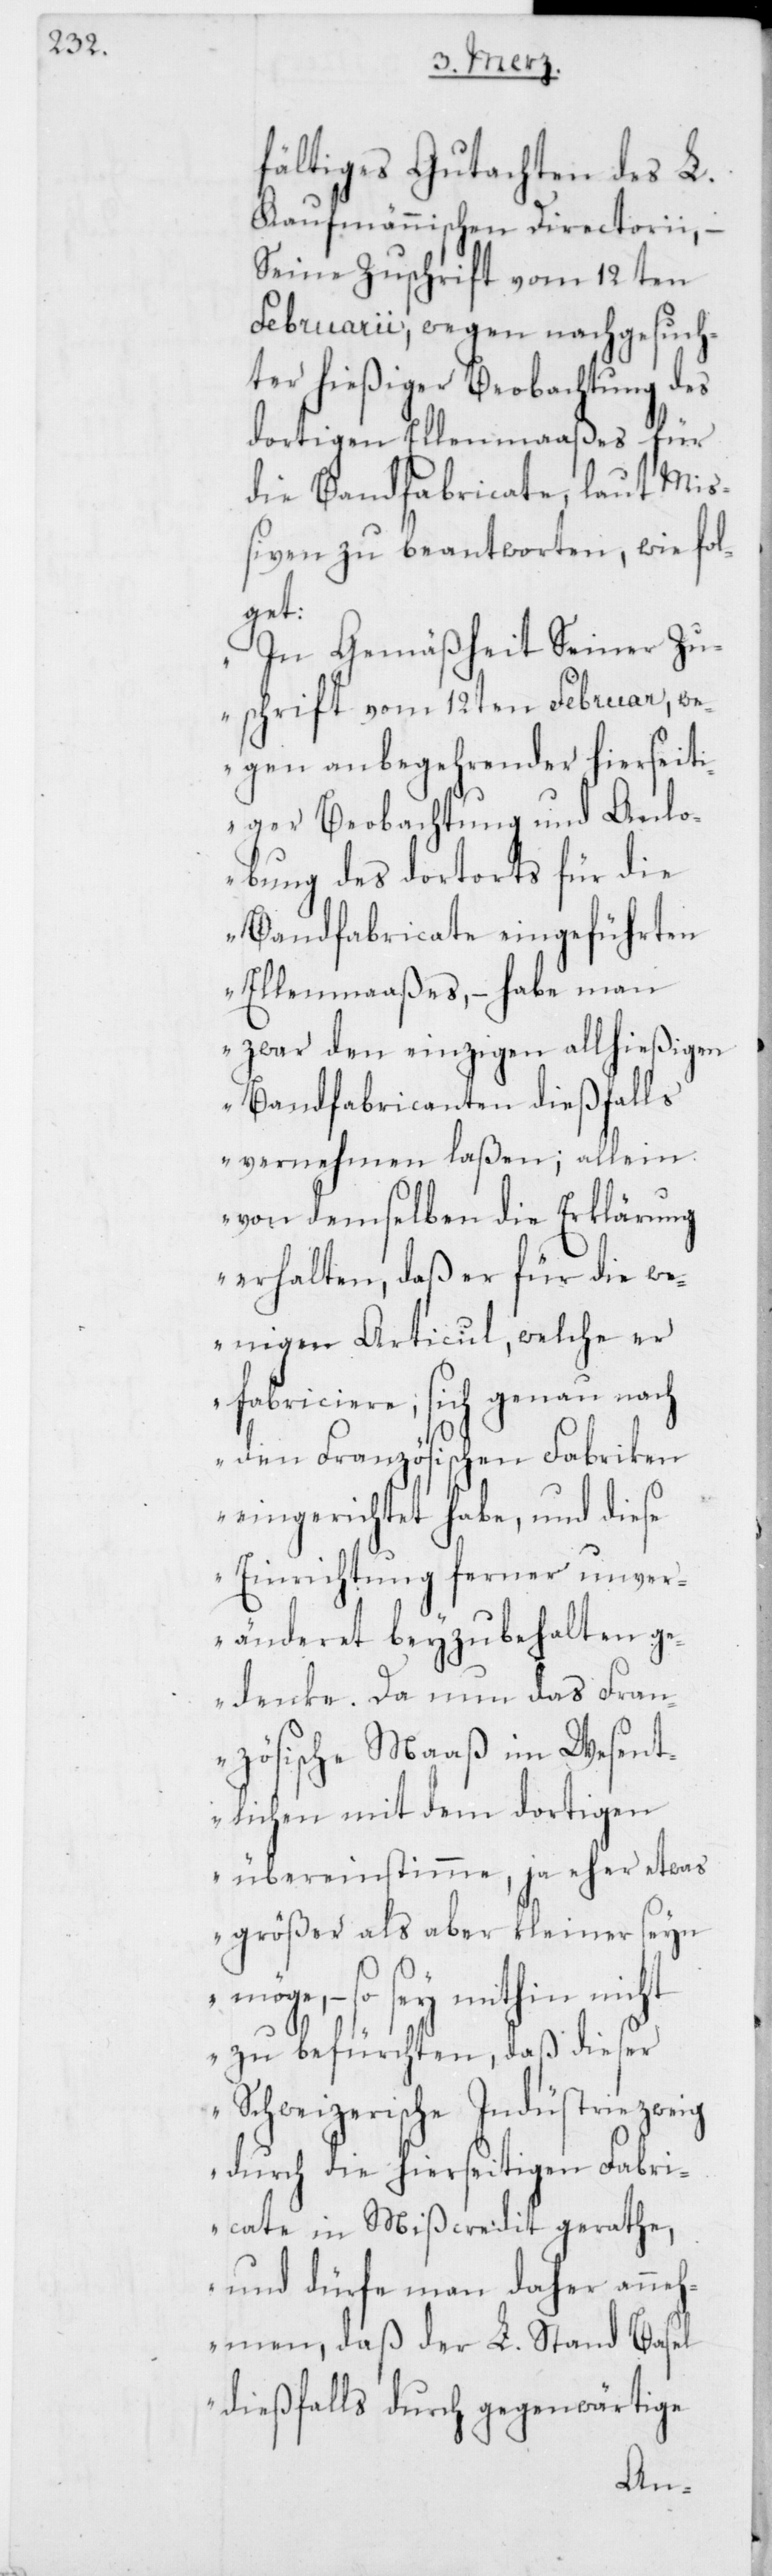
fältiges Gutachten des L.
Kaufmännischen Directorii, –
Seine Zuschrift vom 12ten
Februarii, wegen nachgesuch¬
ter hießiger Beobachtung des
dortigen Ellenmaaßes für
die Bandfabricate, laut Miß¬
iven zu beantworten, wie fol¬
get:
„In Gemäßheit Seiner Zu¬
schrift vom 12ten Februar, we¬
gen anbegehrender hierseit¬
iger Beobachtung und Anlo¬
bung des dortorts für die
Bandfabricate eingeführten
Ellenmaaßes, – habe man
zwar den einzigen allhießigen
Bandfabricanten dießfalls
vernehmen laßen; allein
von demselben die Erklärung
erhalten, daß er für die we¬
nigen Articul, welche er
fabriciere, sich genau nach
den Französischen Fabriken
eingerichtet habe, und diese
Einrichtung ferner unver¬
änderet beyzubehalten ge¬
denke. Da nun das Fran¬
zösische Maaß im Wesent¬
lichen mit dem dortigen
übereinstimme, ja eher etwas
größer als aber kleiner seyn
– so sey mithin nicht
zu befürchten, daß dieser
Schweizerische Industriezweig
durch die hierseitigen Fabri¬
cate in Mißcredit gerathe,
und dürfe man daher anneh¬
men, daß der L. Stand Basel
dießfalls durch gegenwärtige